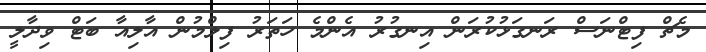
މެޗް ފިޓްނަސް ރަނގަޅުކުރަން އިނގުރު އެންމެ ހަތަރު ފިލްމުން އާލިއާ ބަޓް ވިދާލީ